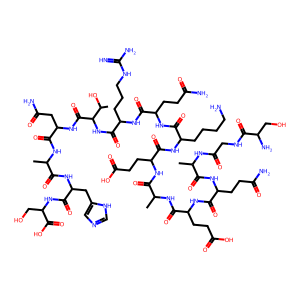
SMILES: CC(NC(=O)CNC(=O)C(N)CO)C(=O)NC(CCC(N)=O)C(=O)NC(CCC(=O)O)C(=O)NC(C)C(=O)NC(CCC(=O)O)C(=O)NC(CCCCN)C(=O)NC(CCC(N)=O)C(=O)NC(CCCNC(=N)N)C(=O)NC(C(=O)NC(CC(N)=O)C(=O)NC(C)C(=O)NC(Cc1cnc[nH]1)C(=O)NC(CO)C(=O)O)C(C)O
Inhibits HIV replication: No